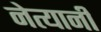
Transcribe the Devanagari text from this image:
नेत्यानी